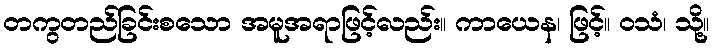
တကွတည်ခြင်းစသော အမူအရာဖြင့်လည်း။ ကာယေန၊ ဖြင့်။ ဝသံ၊ သို့။